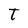
Character: T